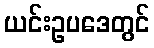
ယင်းဥပဒေတွင်